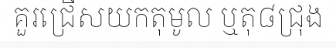
គួរជ្រើសយកតុមូល ឬតុ៨ជ្រុង